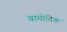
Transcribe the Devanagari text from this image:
वायोटिक